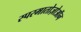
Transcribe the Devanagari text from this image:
स्परमातोज़ोऑन